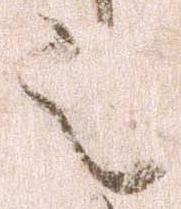
之